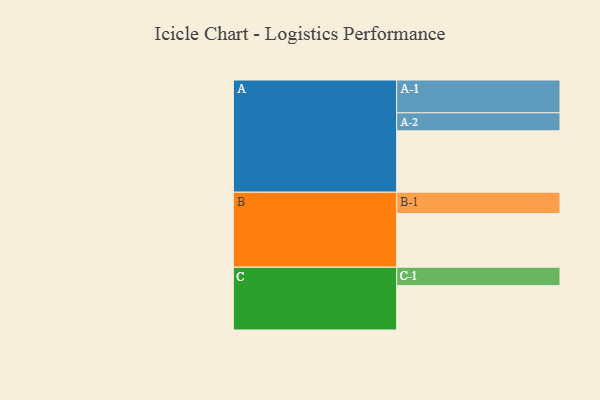
{"axis": {"x": "Segment", "y": "Value"}, "legend": ["", "A", "B", "C"], "data": [{"x": "A", "y": 490, "type": ""}, {"x": "B", "y": 429, "type": ""}, {"x": "C", "y": 354, "type": ""}, {"x": "A-1", "y": 262, "type": "A"}, {"x": "A-2", "y": 144, "type": "A"}, {"x": "B-1", "y": 170, "type": "B"}, {"x": "C-1", "y": 147, "type": "C"}]}